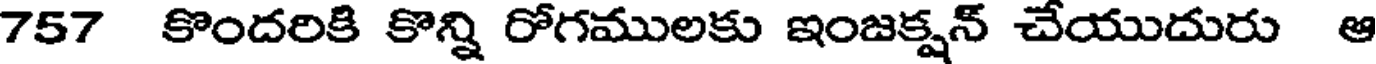
757 కొందరికి కొన్ని రోగములకు ఇంజక్షన్ చేయుదురు ఆ